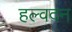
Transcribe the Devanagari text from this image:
हल्वदन